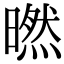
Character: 㬗